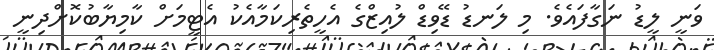
ވަނީ ލީޑު ނަގާފައެވެ. މި ލަނޑު ޑޭވިޑް ލުއިޒްގެ އެހީތެރިކަމާއެކު އެޓީމަށް ކާމިޔާބުކޮށްދިނީ